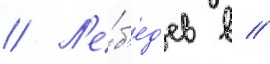
// Л'е́б'ед'ев в //